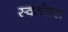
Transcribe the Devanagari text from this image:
स्वतंतरा